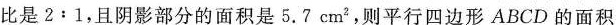
比是2:1,且阴影部分的面积是5.7cm则平行四边形ABCD的面积